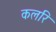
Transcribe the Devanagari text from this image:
कलरि